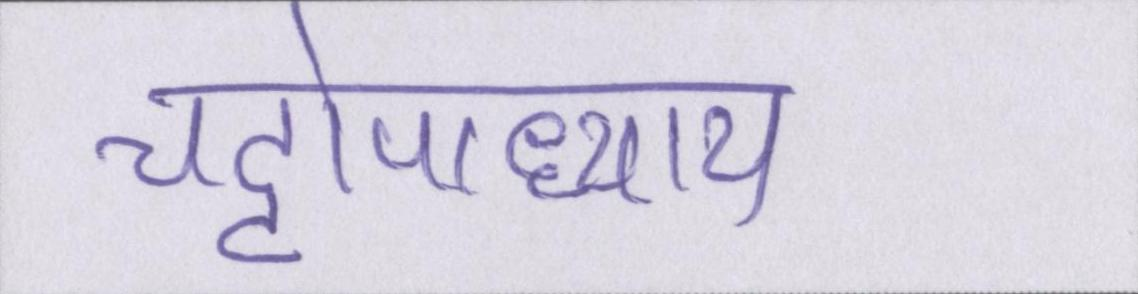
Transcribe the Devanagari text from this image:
चट्टोपाध्याय